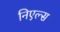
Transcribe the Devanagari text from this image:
निएल्स